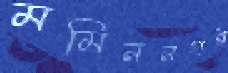
মমিননগর